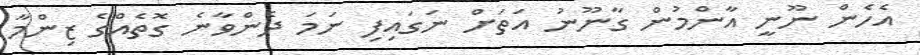
އެހެން ނޫނީ އާންމުން ގާނޫނު އަތަށް ނަގައިފި ނަމަ ދެންވާނެ ގޮތެއްގެ ޒިންމާ